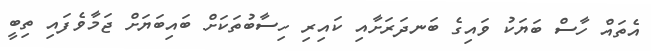
އެތައް ހާސް ބަޔަކު ވައިގެ ބަނދަރަށާއި ކައިރި ހިސާބުތަކަށް ބައިބަޔަށް ޖަމާވެފައި ތިބީ